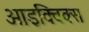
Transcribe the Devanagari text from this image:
आइक्विक्स